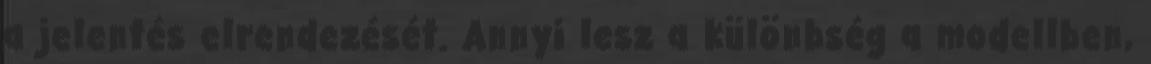
a jelentés elrendezését. Annyi lesz a különbség a modellben,